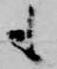
も